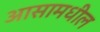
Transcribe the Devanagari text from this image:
आसामधील